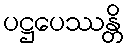
ပဋ္ဌပေဿန္တိ